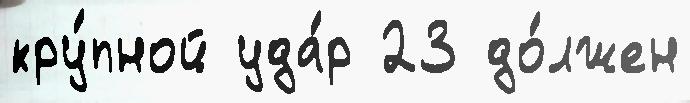
кру́пной уда́р 23 до́лжен